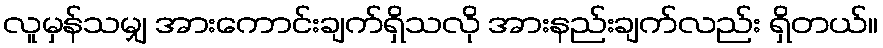
လူမှန်သမျှ အားကောင်းချက်ရှိသလို အားနည်းချက်လည်း ရှိတယ်။